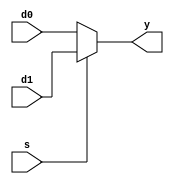
`timescale 1ns / 1ps
//////////////////////////////////////////////////////////////////////////////////
// Company: 
// Engineer: 
// 
// Design Name: 
// Module Name: Mux
// Project Name: 
// Target Devices: 
// Tool Versions: 
// Description: 
// 
// Dependencies: 
// 
// Revision:
// Revision 0.01 - File Created
// Additional Comments:
// 
//////////////////////////////////////////////////////////////////////////////////


module Mux(input [31:0] d0,input [31:0] d1,input s,output [31:0] y);
    assign y=(!s)?d0:d1;
endmodule